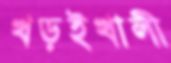
খড়ইখালী